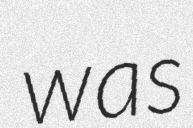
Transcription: was